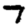
Digit: 7